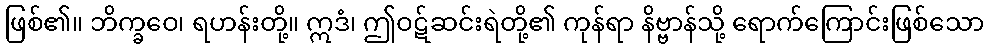
ဖြစ်၏။ ဘိက္ခဝေ၊ ရဟန်းတို့။ ဣဒံ၊ ဤဝဋ်ဆင်းရဲတို့၏ ကုန်ရာ နိဗ္ဗာန်သို့ ရောက်ကြောင်းဖြစ်သော